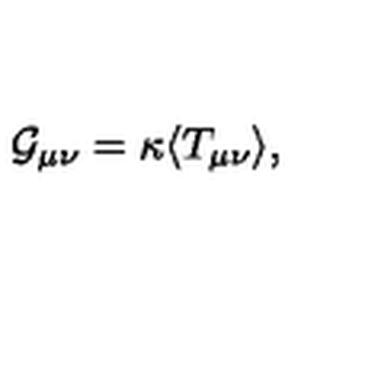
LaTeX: { \cal G } _ { \mu \nu } = \kappa \langle T _ { \mu \nu } \rangle ,